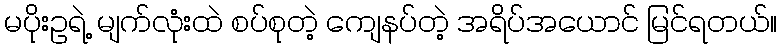
မပိုးဥရဲ့ မျက်လုံးထဲ စပ်စုတဲ့ ကျေနပ်တဲ့ အရိပ်အယောင် မြင်ရတယ်။